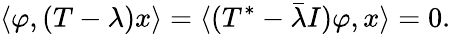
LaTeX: \langle\varphi,(T-\lambda)x\rangle=\langle(T^{*}-{\bar{\lambda}}I)\varphi,x\rangle=0.